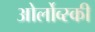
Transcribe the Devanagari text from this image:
ओर्लोव्स्की